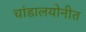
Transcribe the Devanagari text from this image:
चांडालयोनीत